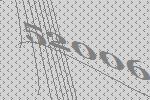
52006